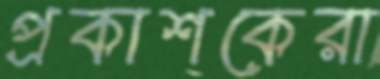
প্রকাশকেরা